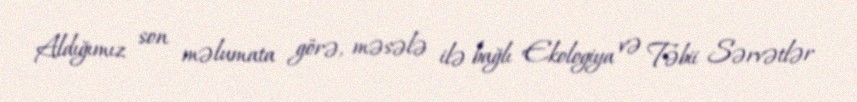
Aldığımız son məlumata görə, məsələ ilə bağlı Ekologiya və Təbii Sərvətlər